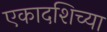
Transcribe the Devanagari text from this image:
एकादशिच्या